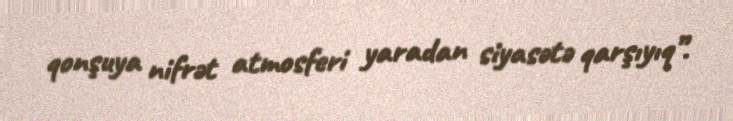
qonşuya nifrət atmosferi yaradan siyasətə qarşıyıq”.